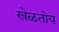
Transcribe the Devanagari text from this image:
खेळतोय